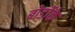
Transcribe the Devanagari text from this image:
बोर्डोके